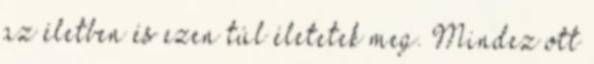
az életben és ezen túl életetek meg. Mindez ott